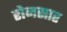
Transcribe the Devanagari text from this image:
रोनसार